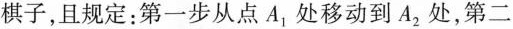
棋子，且规定：第一步从点A_{1}处移动到A_{2}处，第二